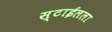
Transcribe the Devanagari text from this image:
स्टाईलला